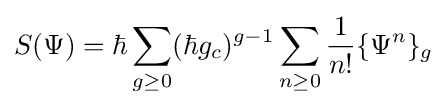
S(\Psi )=\hbar \sum _{g\geq 0}(\hbar g_{c})^{g-1}\sum _{n\geq 0}{\frac {1}{n!}}\{\Psi ^{n}\}_{g}